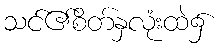
သင်၏စိတ်နှလုံးထဲ၌